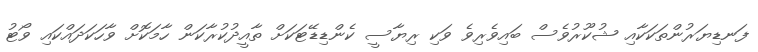
ފަނޑިޔަރުންތަކަކާއި ޝުކޫރުވެސް ބައިވެރިވެ ވަކި ރިޔާސީ ކެންޑިޑޭޓަކަށް ތާއީދުކުރާކަން ހާމަކޮށް ވާހަކަދައްކައި ވޯޓު